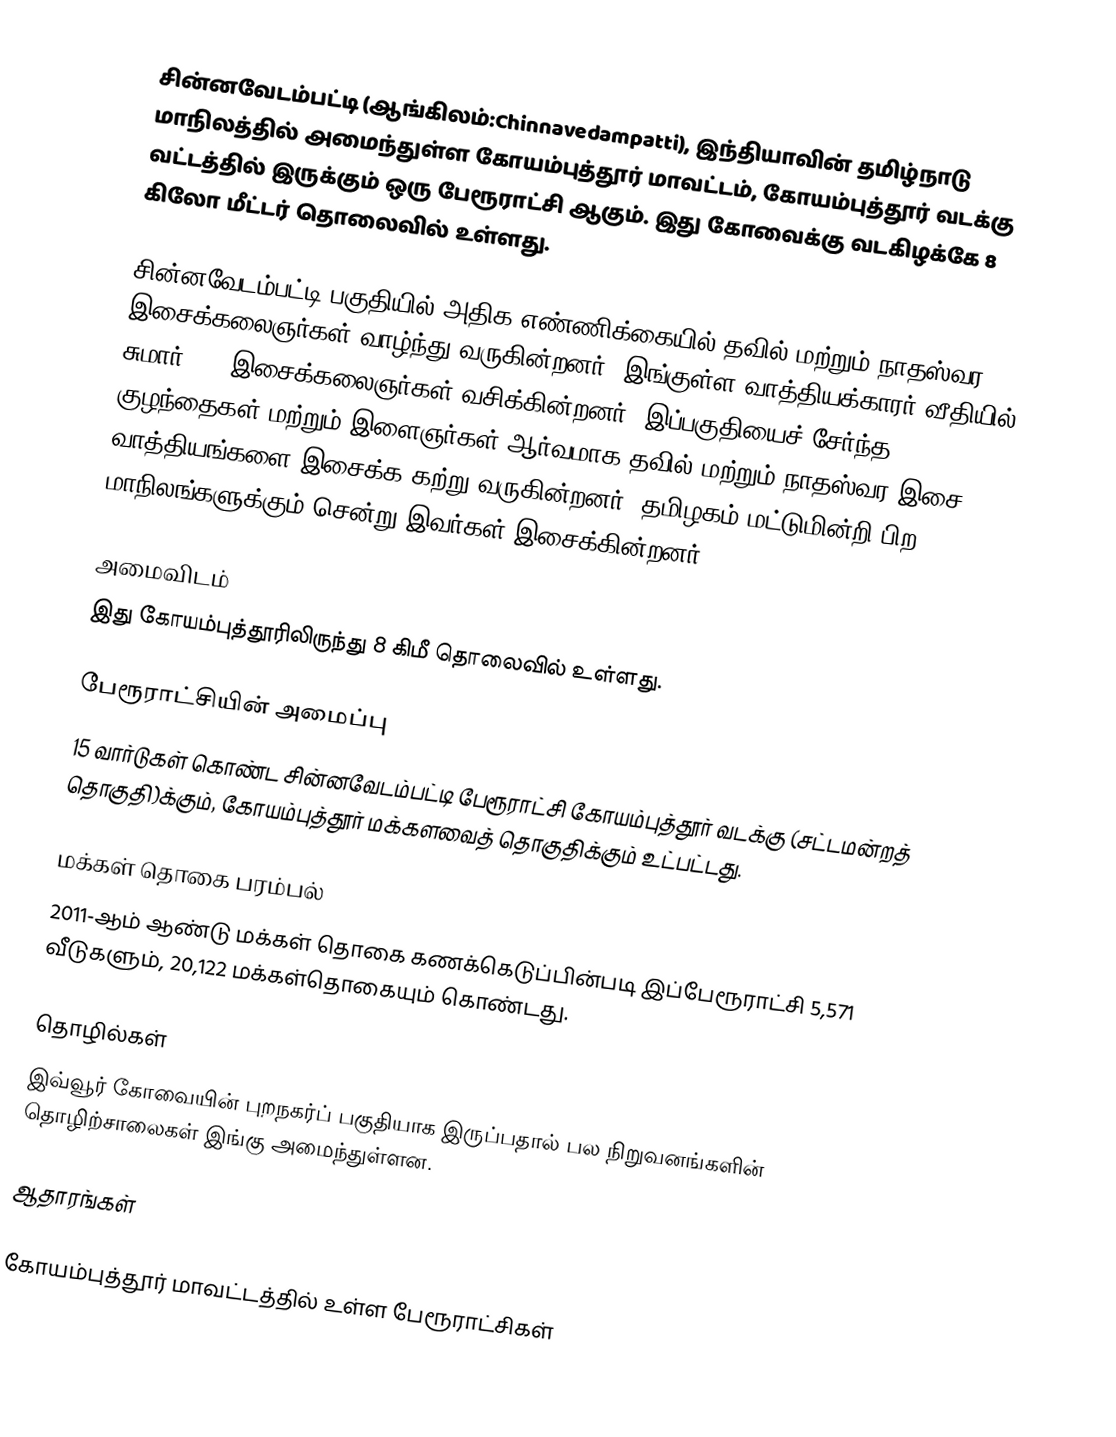
சின்னவேடம்பட்டி (ஆங்கிலம்:Chinnavedampatti), இந்தியாவின் தமிழ்நாடு மாநிலத்தில் அமைந்துள்ள கோயம்புத்தூர் மாவட்டம், கோயம்புத்தூர் வடக்கு வட்டத்தில் இருக்கும் ஒரு பேரூராட்சி ஆகும். இது கோவைக்கு வடகிழக்கே 8 கிலோ மீட்டர் தொலைவில் உள்ளது.

சின்னவேடம்பட்டி பகுதியில் அதிக எண்ணிக்கையில் தவில் மற்றும் நாதஸ்வர இசைக்கலைஞர்கள் வாழ்ந்து வருகின்றனர். இங்குள்ள வாத்தியக்காரர் வீதியில் சுமார் 500 இசைக்கலைஞர்கள் வசிக்கின்றனர். இப்பகுதியைச் சேர்ந்த குழந்தைகள் மற்றும் இளைஞர்கள் ஆர்வமாக தவில் மற்றும் நாதஸ்வர இசை வாத்தியங்களை இசைக்க கற்று வருகின்றனர். தமிழகம் மட்டுமின்றி பிற மாநிலங்களுக்கும் சென்று இவர்கள் இசைக்கின்றனர்.

அமைவிடம்
இது கோயம்புத்தூரிலிருந்து 8 கிமீ தொலைவில் உள்ளது.

பேரூராட்சியின் அமைப்பு
15 வார்டுகள்  கொண்ட சின்னவேடம்பட்டி பேரூராட்சி  கோயம்புத்தூர் வடக்கு (சட்டமன்றத் தொகுதி)க்கும், கோயம்புத்தூர் மக்களவைத் தொகுதிக்கும் உட்பட்டது.

மக்கள் தொகை பரம்பல்
2011-ஆம் ஆண்டு மக்கள் தொகை கணக்கெடுப்பின்படி  இப்பேரூராட்சி 5,571    வீடுகளும், 20,122 மக்கள்தொகையும் கொண்டது.

தொழில்கள்
இவ்வூர் கோவையின் புறநகர்ப் பகுதியாக இருப்பதால் பல நிறுவனங்களின் தொழிற்சாலைகள் இங்கு அமைந்துள்ளன.

ஆதாரங்கள்

கோயம்புத்தூர் மாவட்டத்தில் உள்ள பேரூராட்சிகள்